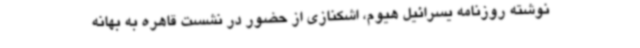
نوشته روزنامه یسرائیل هیوم، اشکنازی از حضور در نشست قاهره به بهانه